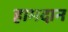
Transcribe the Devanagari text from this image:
हामदान